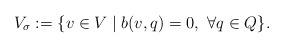
LaTeX: \begin{align*}V_\sigma := \{ v \in V \mid b(v,q) = 0, \ \forall q \in Q \}.\end{align*}